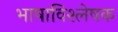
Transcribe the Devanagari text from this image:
भाषाविश्लेषक